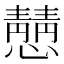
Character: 𪬿